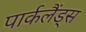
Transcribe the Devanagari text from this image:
पार्कलैंड्स